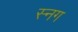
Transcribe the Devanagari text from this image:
स्नग